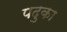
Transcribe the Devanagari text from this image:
पदुका